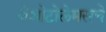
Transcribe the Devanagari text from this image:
नेओटोलेमसचे